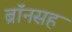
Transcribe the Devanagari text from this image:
ब्रॉनसह